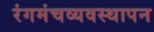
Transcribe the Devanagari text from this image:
रंगमंचव्यवस्थापन